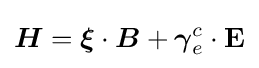
{\boldsymbol {H}}={\boldsymbol {\xi }}\cdot {\boldsymbol {B}}+{\boldsymbol {\gamma }}_{e}^{c}\cdot \mathbf {E}